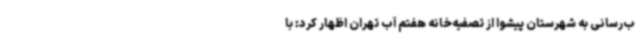
ب‌رسانی به شهرستان پیشوا از تصفیه‌خانه هفتم آب تهران اظهار کرد: با